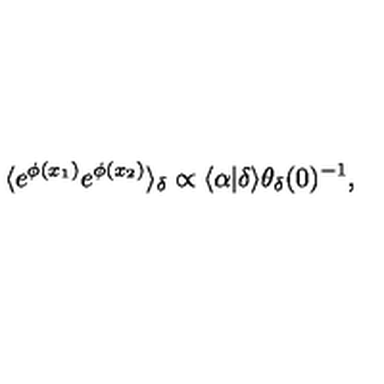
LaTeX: \langle e ^ { \phi ( x _ { 1 } ) } e ^ { \phi ( x _ { 2 } ) } \rangle _ { \delta } \propto \langle \alpha | \delta \rangle \theta _ { \delta } ( 0 ) ^ { - 1 } ,